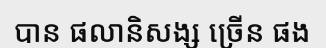
បាន ផលានិសង្ស ច្រើន ផង